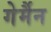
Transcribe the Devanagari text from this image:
गेर्मैन